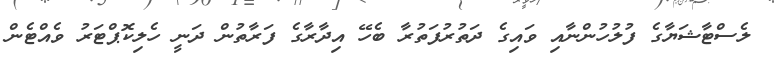
ލެސްޓާޝަޔާގެ ފުލުހުންނާއި ވައިގެ ދަތުރުފަތުރާ ބެހޭ އިދާރާގެ ފަރާތުން ދަނީ ހެލިކޮޕްޓަރު ވެއްޓެން